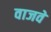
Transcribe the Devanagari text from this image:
वाजवे